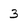
Character: 3